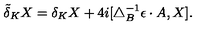
\tilde { \delta } _ { K } X = \delta _ { K } X + 4 i [ \triangle _ { B } ^ { - 1 } \epsilon \cdot A , X ] .